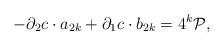
LaTeX: \begin{align*}-\partial _{2}c \cdot a_{2k}+ \partial _{1}c \cdot b_{2k}=4^k{\cal P},\end{align*}